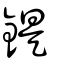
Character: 鍉